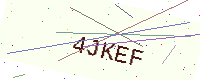
Text: 4JKEF